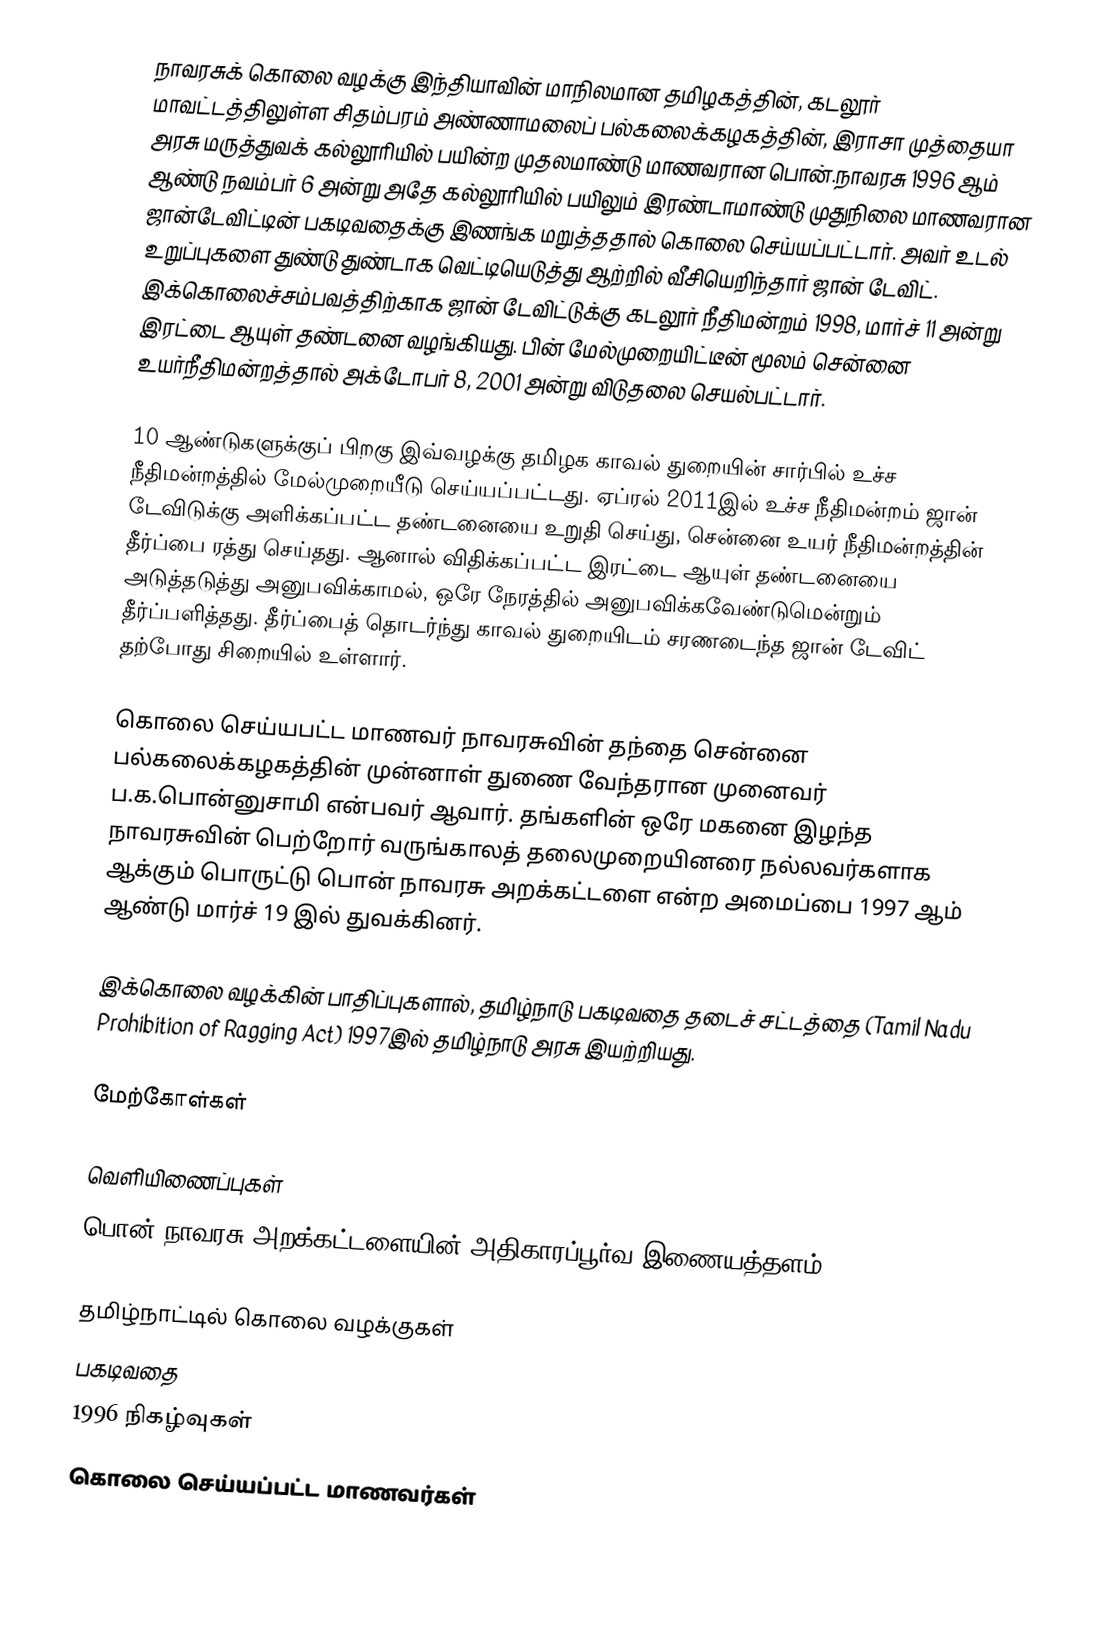
நாவரசுக் கொலை வழக்கு இந்தியாவின் மாநிலமான தமிழகத்தின், கடலூர் மாவட்டத்திலுள்ள சிதம்பரம் அண்ணாமலைப் பல்கலைக்கழகத்தின், இராசா முத்தையா அரசு மருத்துவக் கல்லூரியில் பயின்ற முதலமாண்டு மாணவரான பொன்.நாவரசு 1996 ஆம் ஆண்டு நவம்பர் 6 அன்று அதே கல்லூரியில் பயிலும் இரண்டாமாண்டு முதுநிலை மாணவரான ஜான்டேவிட்டின் பகடிவதைக்கு இணங்க மறுத்ததால் கொலை செய்யப்பட்டார். அவர் உடல் உறுப்புகளை துண்டு துண்டாக வெட்டியெடுத்து ஆற்றில் வீசியெறிந்தார் ஜான் டேவிட். இக்கொலைச்சம்பவத்திற்காக ஜான் டேவிட்டுக்கு கடலூர் நீதிமன்றம் 1998, மார்ச் 11 அன்று இரட்டை ஆயுள் தண்டனை வழங்கியது. பின் மேல்முறையிட்டீன் மூலம் சென்னை உயர்நீதிமன்றத்தால் அக்டோபர் 8,  2001 அன்று விடுதலை செயல்பட்டார்.

10 ஆண்டுகளுக்குப் பிறகு இவ்வழக்கு தமிழக காவல் துறையின் சார்பில் உச்ச நீதிமன்றத்தில் மேல்முறையீடு செய்யப்பட்டது. ஏப்ரல் 2011இல் உச்ச நீதிமன்றம் ஜான் டேவிடுக்கு அளிக்கப்பட்ட தண்டனையை உறுதி செய்து, சென்னை உயர் நீதிமன்றத்தின் தீர்ப்பை ரத்து செய்தது. ஆனால் விதிக்கப்பட்ட இரட்டை ஆயுள் தண்டனையை அடுத்தடுத்து அனுபவிக்காமல், ஒரே நேரத்தில் அனுபவிக்கவேண்டுமென்றும் தீர்ப்பளித்தது. தீர்ப்பைத் தொடர்ந்து காவல் துறையிடம் சரணடைந்த ஜான் டேவிட் தற்போது சிறையில் உள்ளார்.

கொலை செய்யபட்ட மாணவர் நாவரசுவின் தந்தை சென்னை பல்கலைக்கழகத்தின் முன்னாள் துணை வேந்தரான முனைவர் ப.க.பொன்னுசாமி என்பவர் ஆவார். தங்களின் ஒரே மகனை இழந்த நாவரசுவின் பெற்றோர் வருங்காலத் தலைமுறையினரை நல்லவர்களாக ஆக்கும் பொருட்டு பொன் நாவரசு அறக்கட்டளை என்ற அமைப்பை 1997 ஆம் ஆண்டு மார்ச் 19 இல் துவக்கினர்.

இக்கொலை வழக்கின் பாதிப்புகளால், தமிழ்நாடு பகடிவதை தடைச் சட்டத்தை (Tamil Nadu Prohibition of Ragging Act) 1997இல் தமிழ்நாடு அரசு இயற்றியது.

மேற்கோள்கள்

வெளியிணைப்புகள்
பொன் நாவரசு அறக்கட்டளையின் அதிகாரப்பூர்வ இணையத்தளம்

தமிழ்நாட்டில் கொலை வழக்குகள்
பகடிவதை
1996 நிகழ்வுகள்
கொலை செய்யப்பட்ட மாணவர்கள்